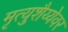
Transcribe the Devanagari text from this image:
मृत्युशैय्येवर